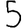
Digit: 5